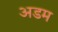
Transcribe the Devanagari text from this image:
अडम